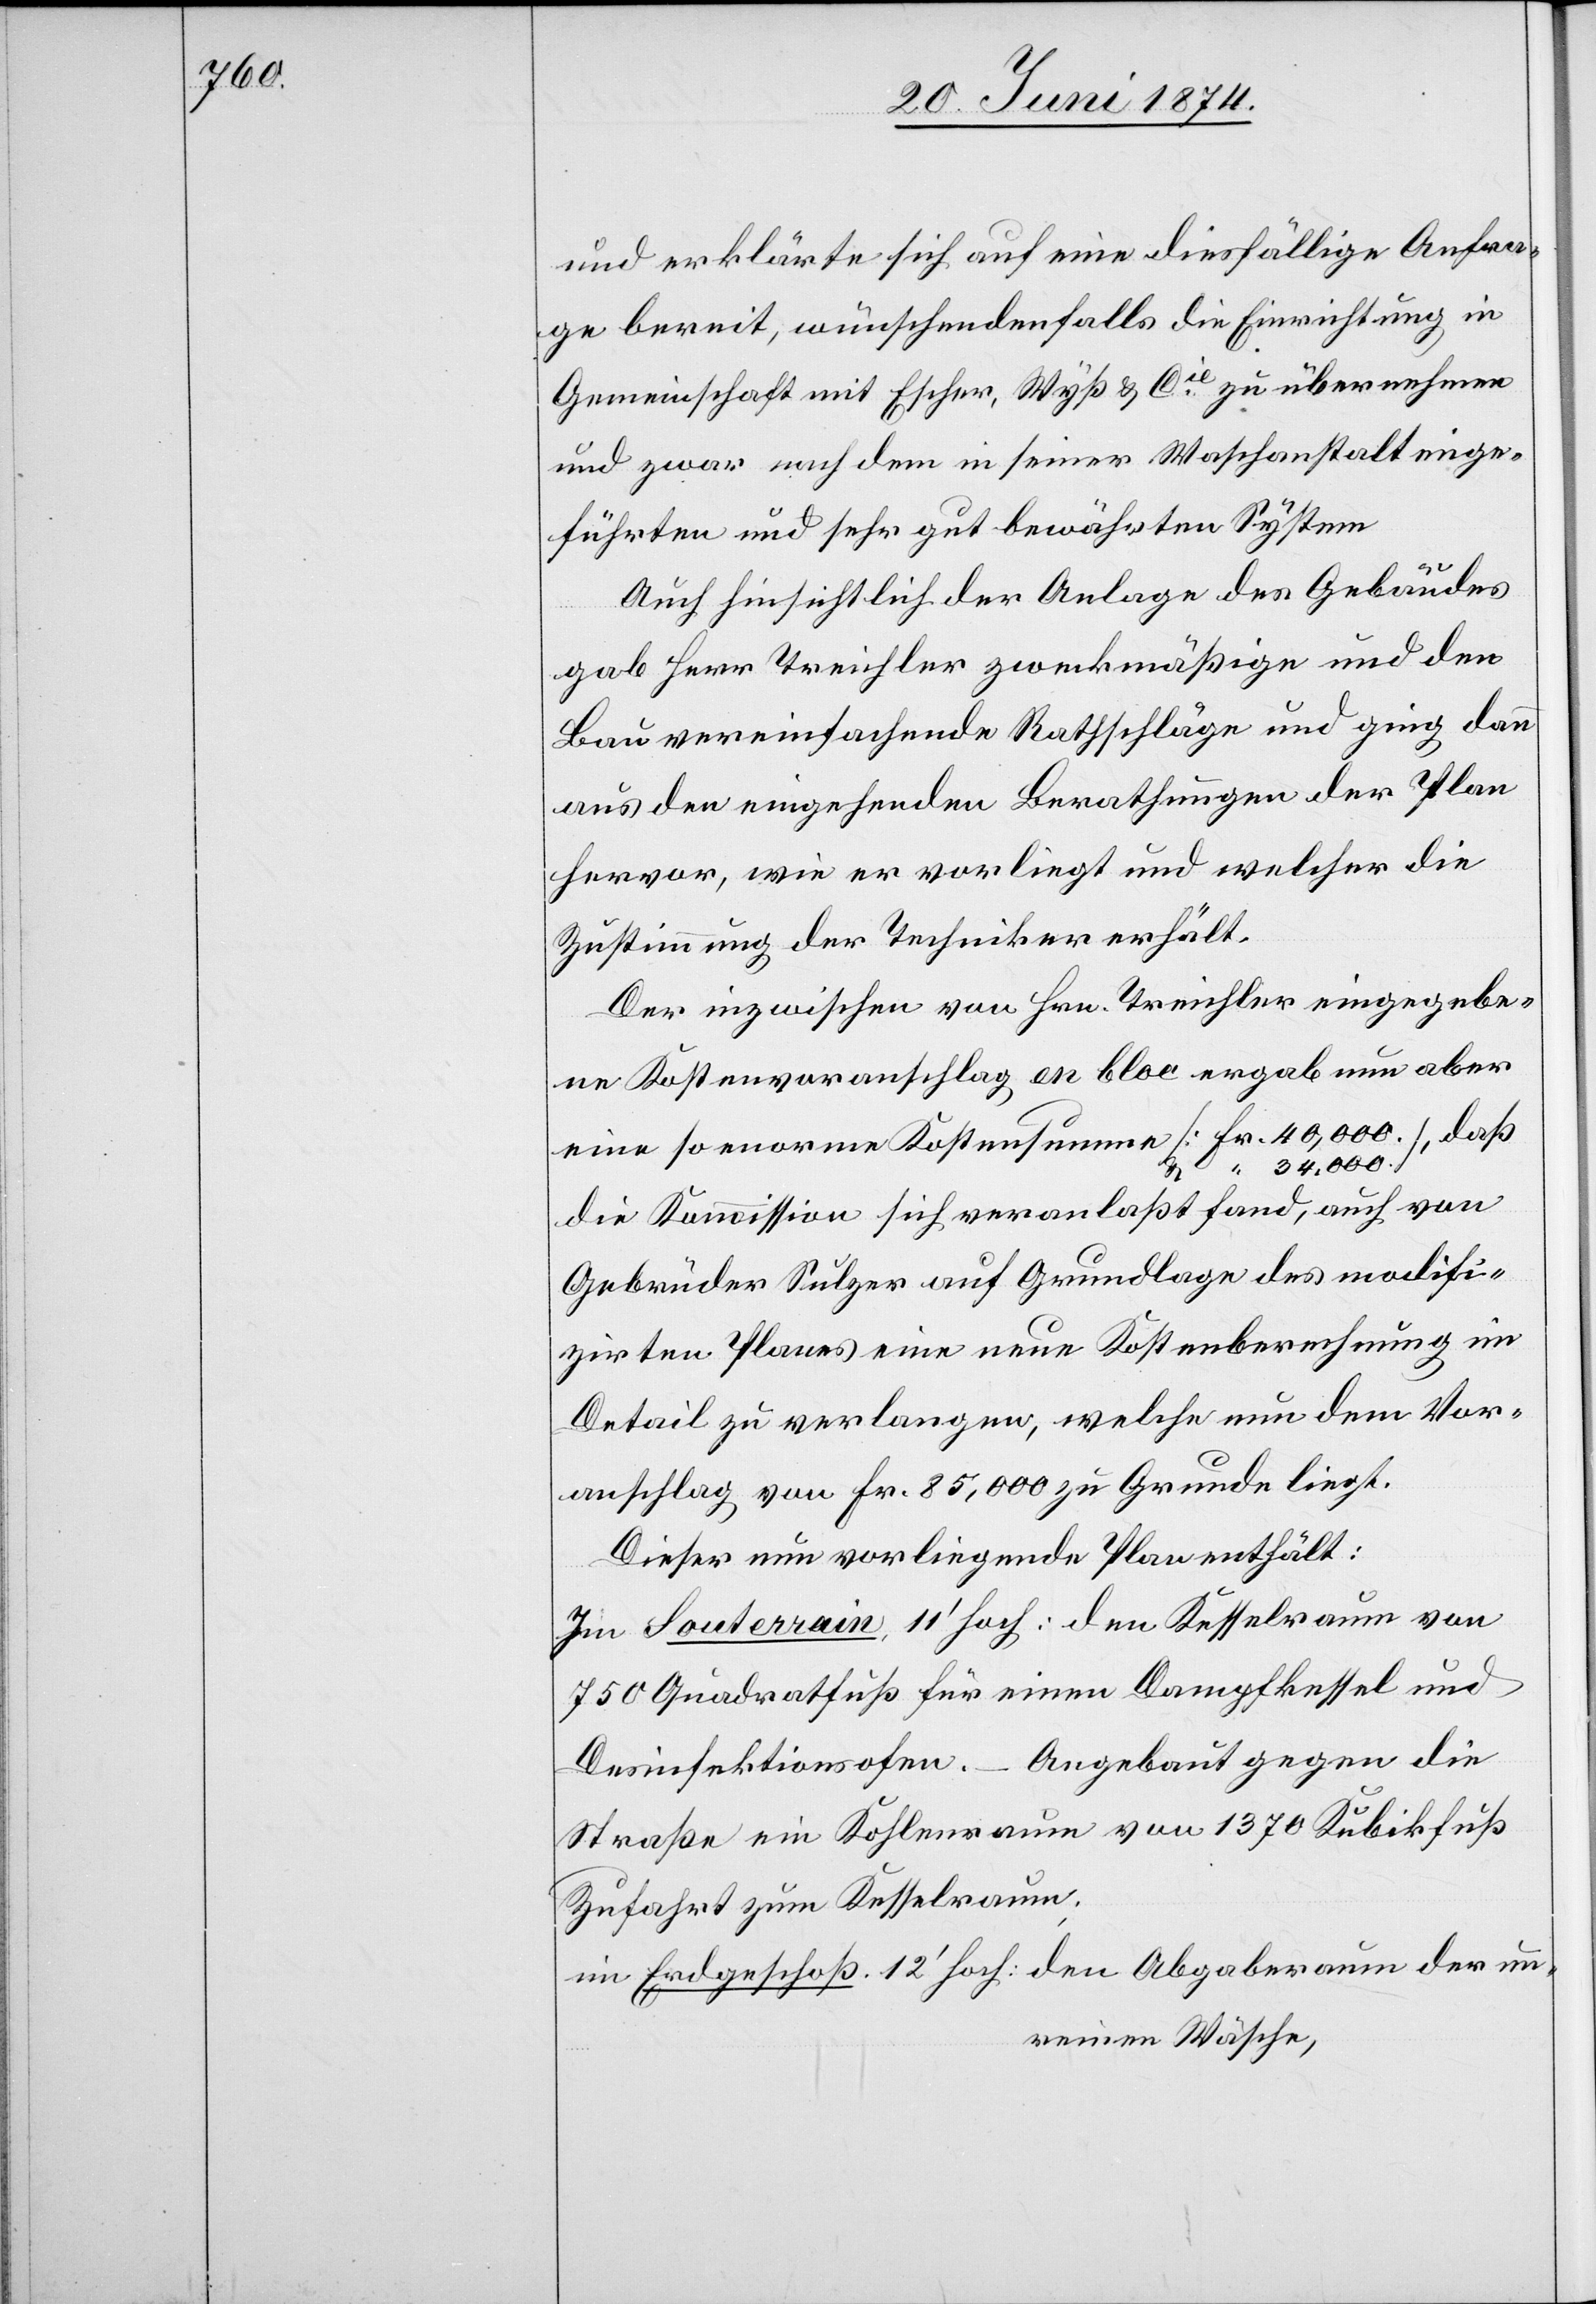
und erklärte sich auf eine diesfällige Anfra¬
ge bereit, wünschendenfalls die Einrichtung in
Gemeinschaft mit Escher, Wyß u. Cie zu übernehmen
und zwar nach dem in seiner Waschanstalt einge¬
führten und sehr gut bewährten System.
Auch hinsichtlich der Anlage des Gebäudes
gab Herr Treichler zweckmäßige und den
Bau vereinfachende Rathschläge und ging dann
aus den eingehenden Berathungen der Plan
hervor, wie er vorliegt und welcher die
Zustimmung der Techniker erhält.
Der inzwischen von Hrn. Treichler eingegebe¬
ne Kostenvoranschlag en bloc ergab nun aber
eine so enorme Kostensumme [Fr. 40,000.], daß
die Kommission sich veranlaßt fand, auch von
Gebrüder Sulzer auf Grundlage des modifi¬
zirten Planes eine neue Kostenberechnung im
Detail zu verlangen, welche nun dem Vor¬
anschlag von Fr. 85,000 zu Grunde liegt.
Dieser nun vorliegende Plan enthält:
Im Souterrain, 11‘ hoch: den Kesselraum von
750 Quadratfuß für einen Dampfkessel und
Angebaut gegen die
Desinfektionsofen.
Straße ein Kohlenraum von 1370 Kubikfuß
Zufahrt zum Kesselraum;
im Erdgeschoß, 12‘ hoch: den Abgaberaum der un¬
reinen Wäsche,